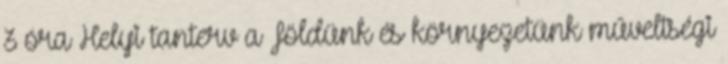
3 óra Helyi tanterv a Földünk és környezetünk műveltségi